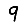
Digit: 9